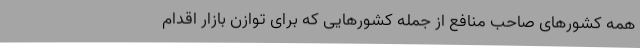
همه کشورهای صاحب منافع از جمله کشورهایی که برای توازن بازار اقدام